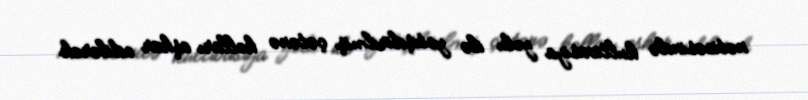
nəticəsində kultivasiya yolu ilə yetişdirilmiş çətənə kolları aşkar edilərək